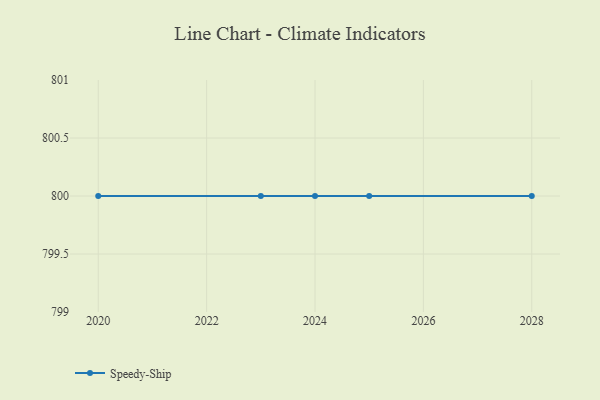
{"axis": {"x": "Year", "y": "Active Users"}, "legend": ["Speedy-Ship"], "data": [{"x": "2028", "y": 800, "type": "Speedy-Ship"}, {"x": "2025", "y": 800, "type": "Speedy-Ship"}, {"x": "2023", "y": 800, "type": "Speedy-Ship"}, {"x": "2020", "y": 800, "type": "Speedy-Ship"}, {"x": "2024", "y": 800, "type": "Speedy-Ship"}]}